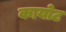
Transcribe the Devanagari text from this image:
कायोट